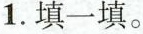
1.填一填。